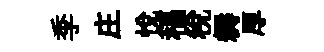
季庄悅稿税耨厚